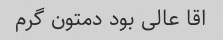
اقا عالی بود دمتون گرم